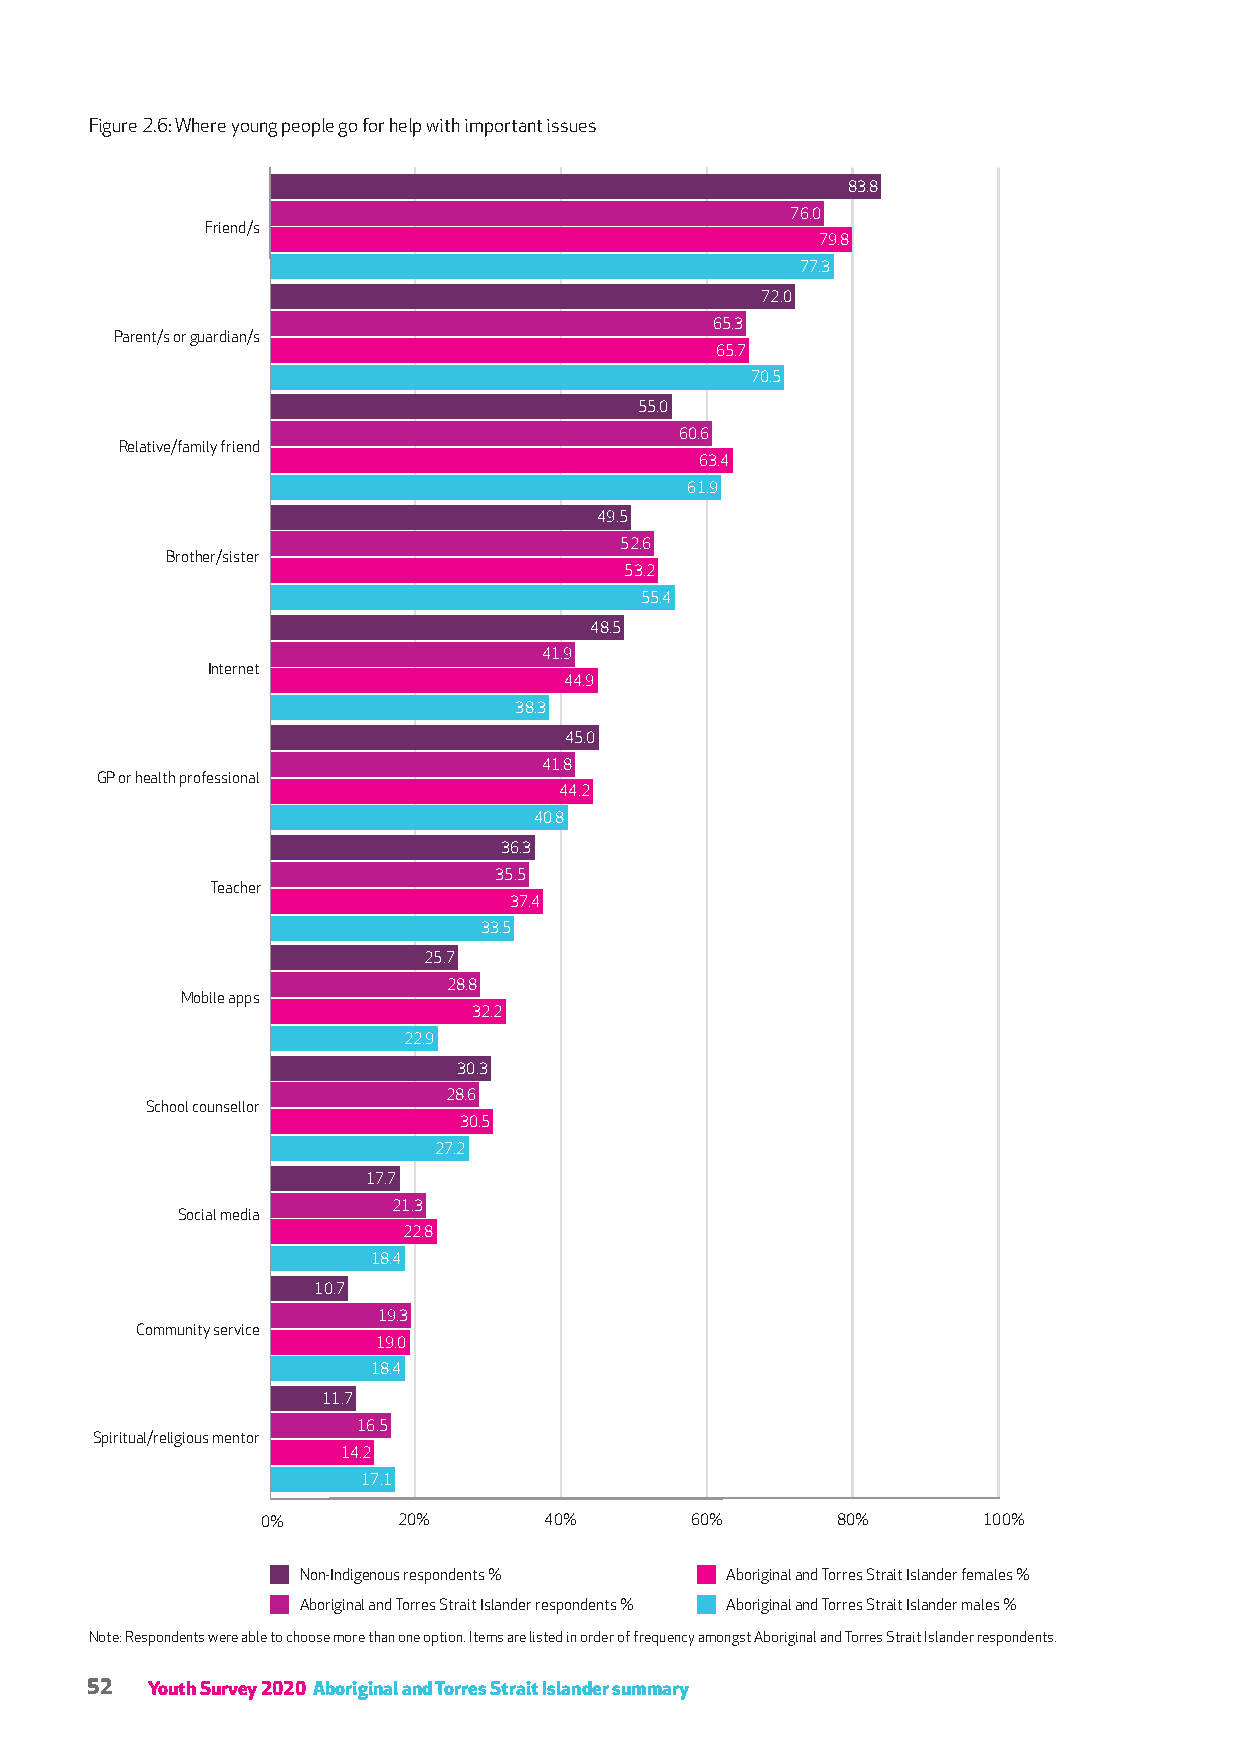
Figure 2.6: Where young people go for help with important issues
 83.8
 76.0
 Friend/s
 79.8
 77.3
 72.0
 65.3
 Parent/s or guardian/s
 65.7
 70.5
 55.0
 60.6
 Relative/family friend
 63.4
 61.9
 49.5
 52.6
 Brother/sister
 53.2
 55.4
 48.5
 41.9
 Internet
 44.9
 38.3
 45.0
 41.8
 GP or health professional
 44.2
 40.8
 36.3
 35.5
 Teacher
 37.4
 33.5
 25.7
 28.8
 Mobile apps
 32.2
 22.9
 30.3
 28.6
 School counsellor
 30.5
 27.2
 17.7
 21.3
 Social media
 22.8
 18.4
 10.7
 19.3
 Community service
 19.0
 18.4
 11.7
 16.5
 Spiritual/religious mentor
 14.2
 17.1
 0%       20%       40%       60%      80%       100%
 Non-Indigenous respondents % Aboriginal and Torres Strait Islander females %
 Aboriginal and Torres Strait Islander respondents % Aboriginal and Torres Strait Islander males %
 Note: Respondents were able to choose more than one option. Items are listed in order of frequency amongst Aboriginal and Torres Strait Islander respondents.
 52  Youth Survey 2020 Aboriginal and Torres Strait Islander summary